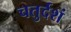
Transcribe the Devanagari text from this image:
चतुर्दशं